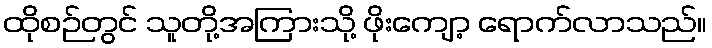
ထိုစဉ်တွင် သူတို့အကြားသို့ ဖိုးကျော့ ရောက်လာသည်။